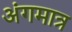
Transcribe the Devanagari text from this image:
अंगमात्र